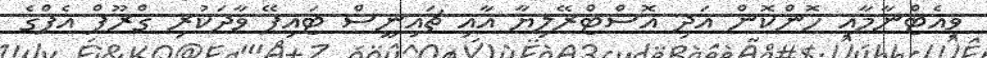
ވިއެޓްނާމާއި ހޮންކޮން އަދި އޮސްޓްރޭލިޔާ އާއި ޗައިނީސް ޓައިޕޭ ވާދަކުރި ގްރޫޕް އެފްގެ